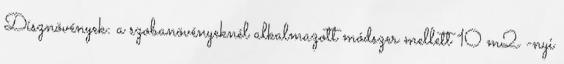
Dísznövények: a szobanövényeknél alkalmazott módszer mellett 10 m2 -nyi